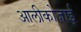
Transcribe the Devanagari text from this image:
आलीकोज़ाई